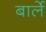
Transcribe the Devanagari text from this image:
बार्ले